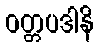
ဝတ္တပဒါနိ